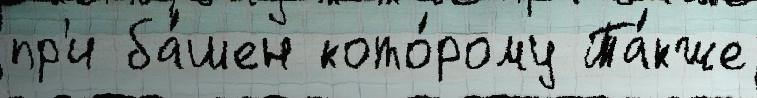
пр'и ба́шен кото́рому Та́кже